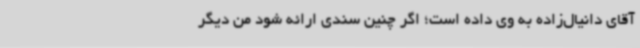
آقای دانیال‌زاده به وی داده است؛ اگر چنین سندی ارائه شود من دیگر